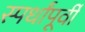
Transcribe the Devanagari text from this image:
स्पर्धांपूर्वी